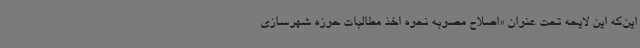
این‌که این لایحه تحت عنوان «اصلاح مصوبه نحوه‌ اخذ مطالبات حوزه شهرسازی